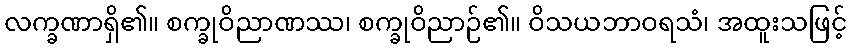
လက္ခဏာရှိ၏။ စက္ခုဝိညာဏဿ၊ စက္ခုဝိညာဉ်၏။ ဝိသယဘာဝရသံ၊ အထူးသဖြင့်